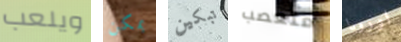
ويلعب يمكن تبكين متعصب اوروبا